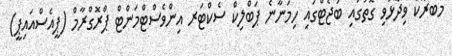
މަބްރޫކް ވިދާޅުވި ގޮތުގައި ބަޖެޓްގައި ހިމަނާނެ ޕަބްލިކް ސެކްޓަރ އިންވެސްޓްމަންޓް ޕްރޮގްރާމް (ޕީއެސްއައިޕީ)